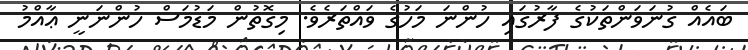
ބައެއް ގުނަވަންތަކުގެ ފާރުގައި ހުންނަ މަހުގެ ވައްތަރެވެ. މިގޮތުން މަޑުމަސް ހުންނަނީ ޢާއްމު